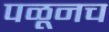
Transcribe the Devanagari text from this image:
पळूनच